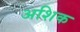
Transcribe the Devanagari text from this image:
अशिक